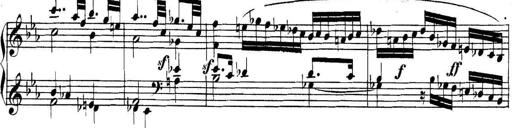
Title: Collected Piano Sonatas
Composer: Muzio Clementi